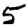
Digit: 5